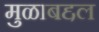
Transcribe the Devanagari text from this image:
मुळाबद्दल